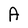
Character: A